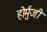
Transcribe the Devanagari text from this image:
होर्मुजी